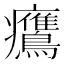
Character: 𤼡